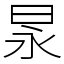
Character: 㫤